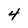
Character: 4